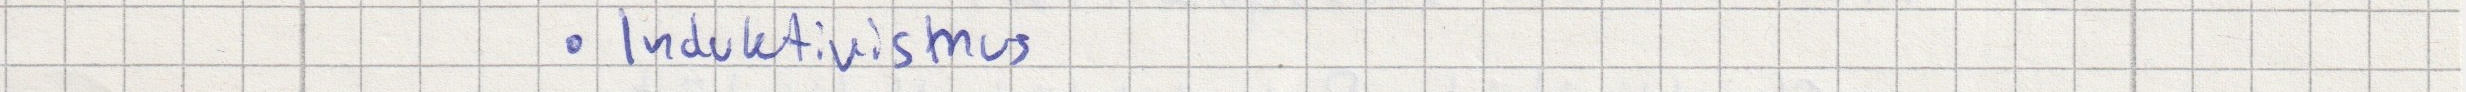
- Induktivismus